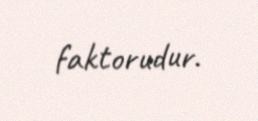
faktorudur.